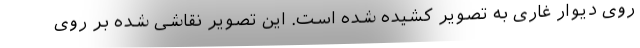
روی دیوار غاری به تصویر کشیده شده است. این تصویر نقاشی شده بر روی